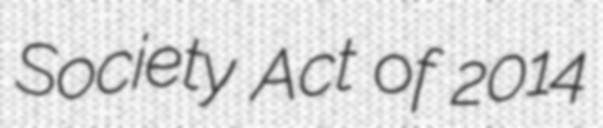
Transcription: Society Act of 2014